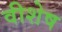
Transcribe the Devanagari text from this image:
वीशेष